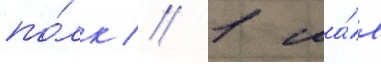
по́лк // 1 ма́я